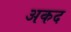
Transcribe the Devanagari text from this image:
अकद